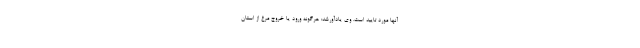
آنها مورد تایید است. وی یادآورشد: هرگونه ورود یا خروج مرغ از استان